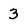
Character: 3